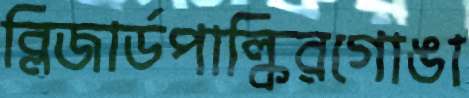
ব্লিজার্ডপাল্কিরগোঙা